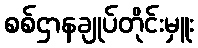
စစ်ဌာနချုပ်တိုင်းမှူး